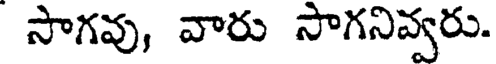
సాగవు, వారు సాగనివ్వరు.